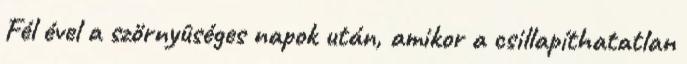
Fél ével a szörnyûséges napok után, amikor a csillapíthatatlan